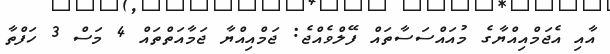
އާއި އެޖަމްއިއްޔާގެ މުއައްސަސާތައް ފޭލްވެއްޖެ: ޖަމްއިއްޔާ ޖަމާއަތްތައް 4 މަސް 3 ހަފްތާ